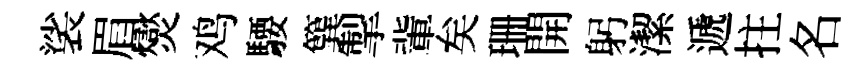
裟眉爕鸡騕簨掣軰矣珊開躬潔遞拄名